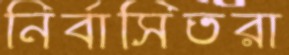
নির্বাসিতরা